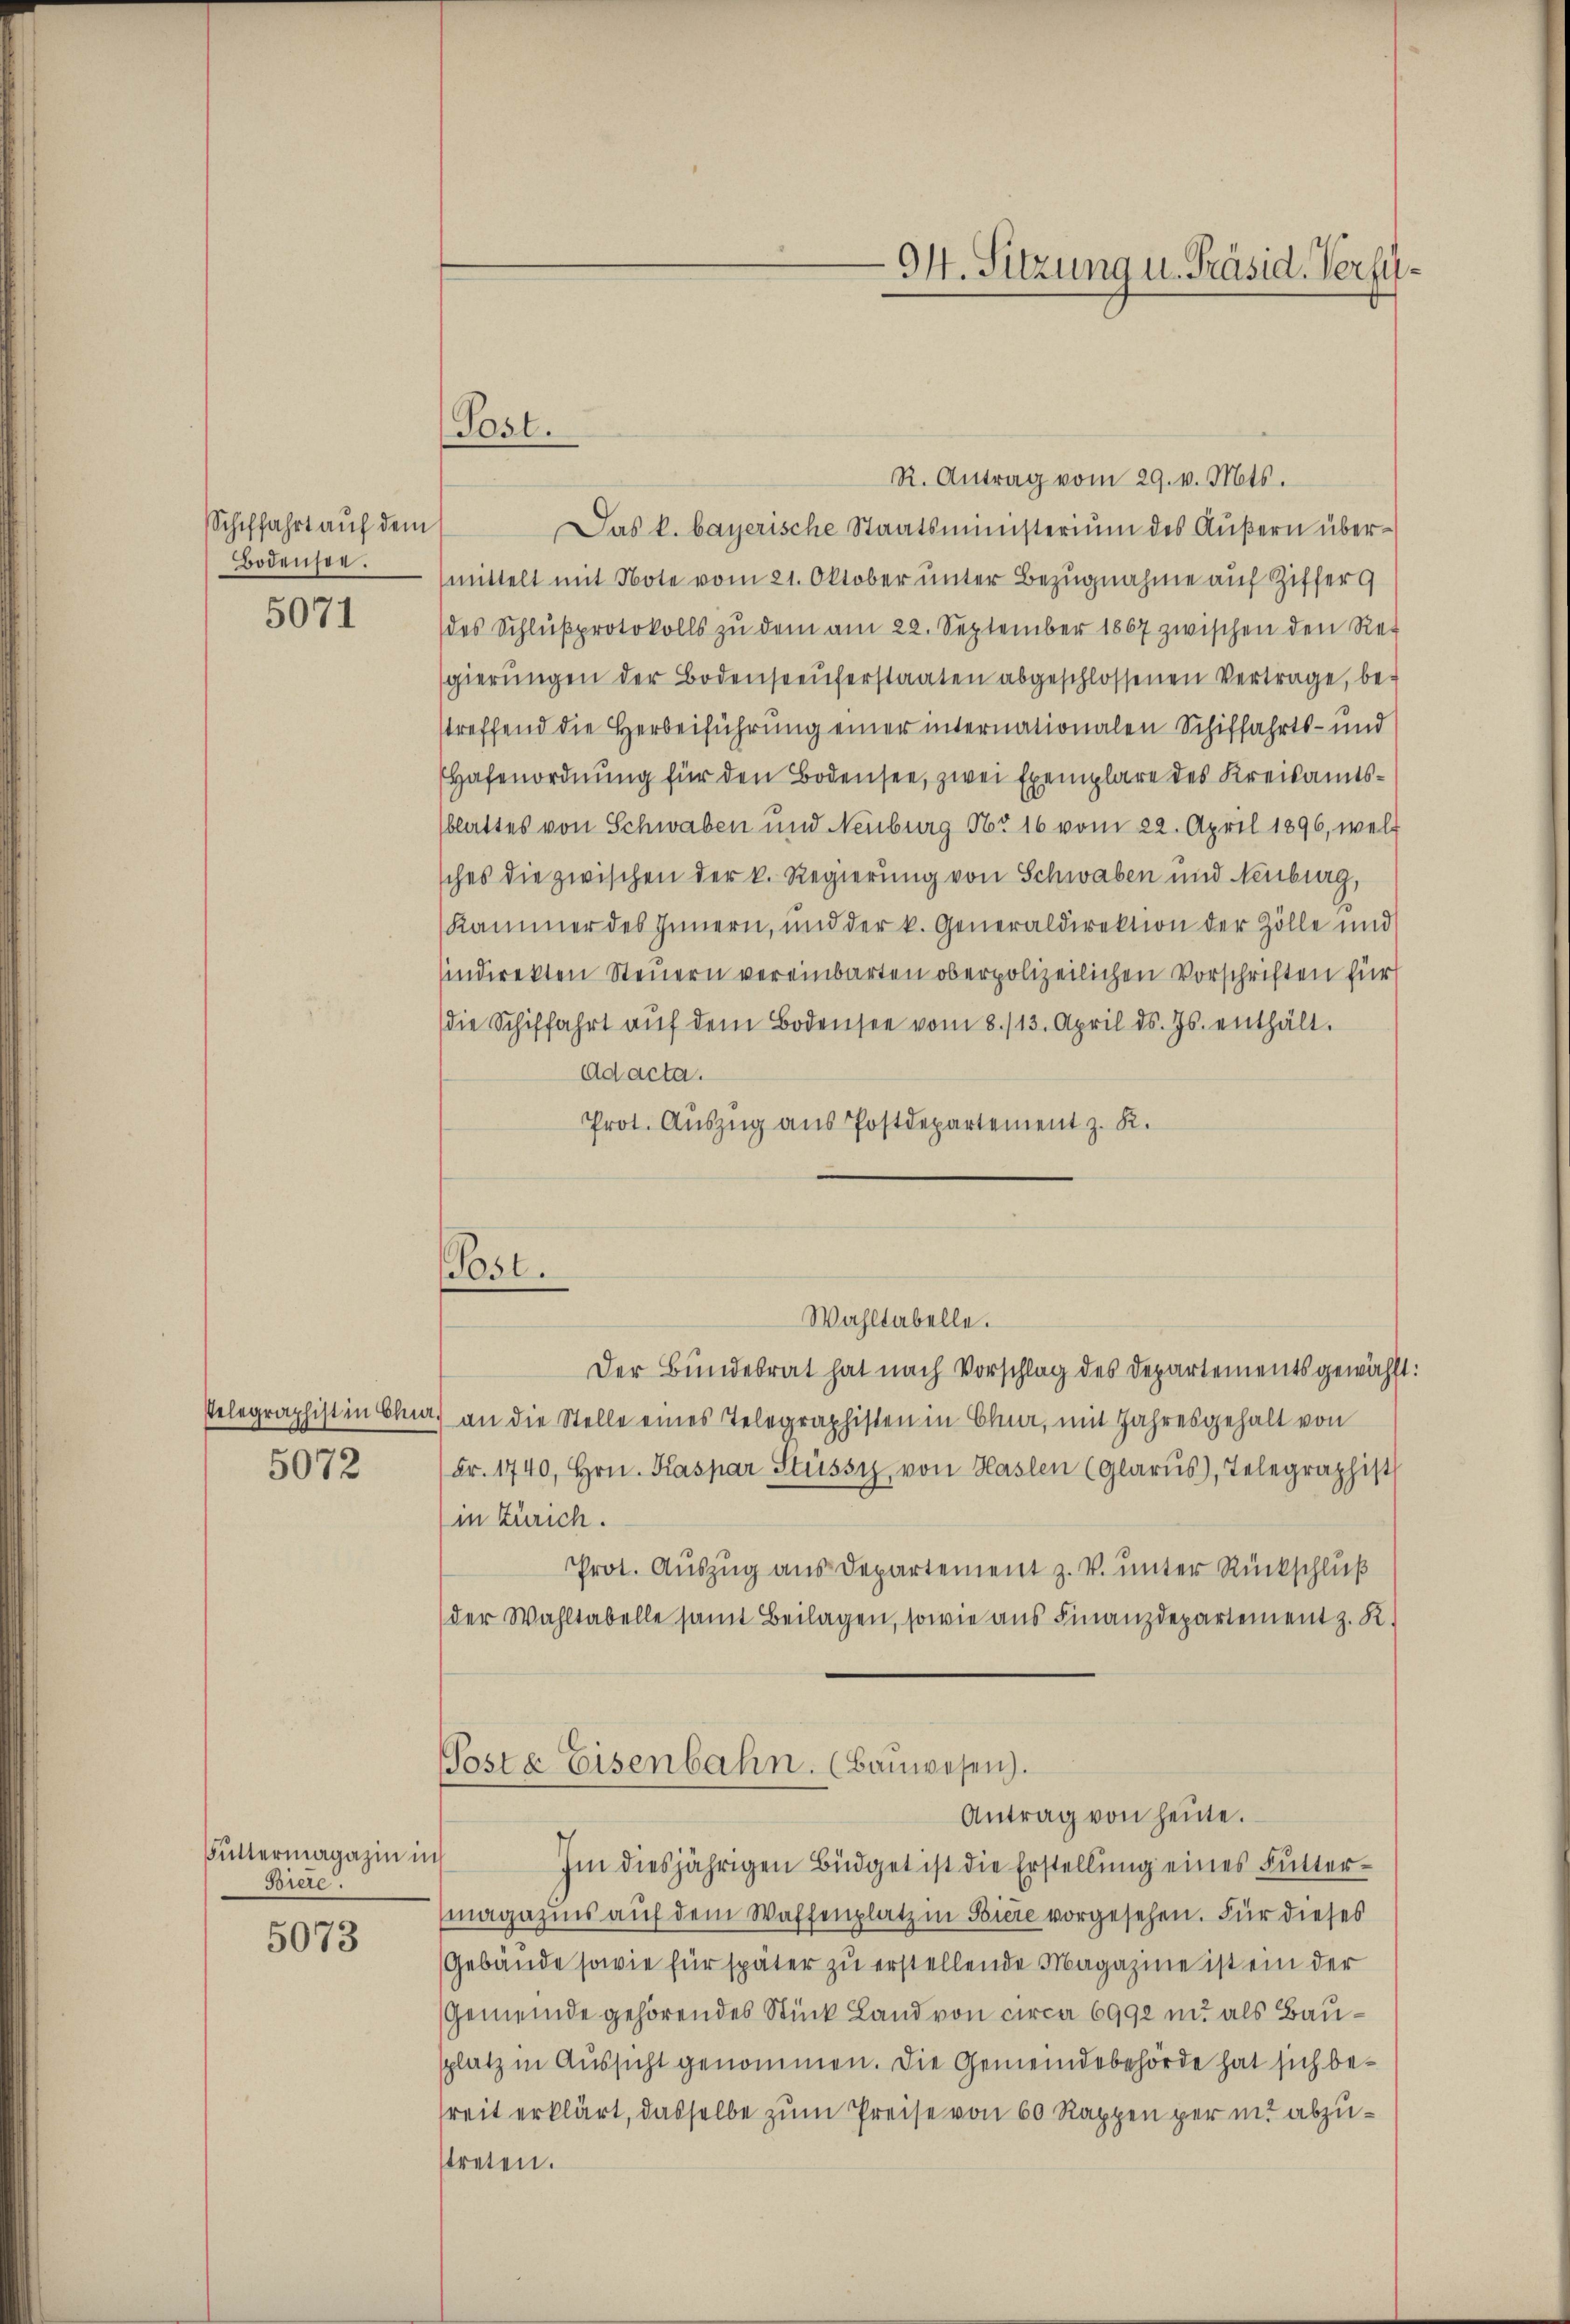
Schiffahrt auf dem
Bodensee.

5071

5072

Buttermagazin in
Biere.

5073

(Post.

(Post.

94. Sitzung u. Präsid. Verfü¬

R. Antrag vom 29. v. Mts.
Das k. bayerische Staatsministerium des Äußern übermittelt mit Note vom 21. Oktober unter Bezugnahme auf Ziffer
des Schlŭβprotokolls zŭ dem am 22. September 1867 zwischen den Ret
sgierŭngen der Bodenseeŭferstaaten abgeschlossenen Vertrage, be-
streffend die Herbeiführung einer internationalen Schiffahrts- und
Hafenordnung für den Bodensee, zwei Exemplare des Kreisamtsblattes von Schwaben und Neuburg Nr 16 vom 22. April 1896, wel
sches die zwischen der k. Regierung von Schwaben und Neuburg,
Kammer des Innern, ŭnd der k. Generaldirektion der Zölle und
indirekten Steuern vereinbarten oberpolizeilichen Vorschriften für
die Schiffahrt aŭf dem Bodensee vom 8./13. April d. Js. enthält.
Ad acta.
Prot. Auszug aus Postdepartement z. K.
Wahltabelle.
Der Bundesrat hat nach Vorschlag des Departementsgewählt:
Pelegraphistin Chur) an die Stelle eines Telegraphisten in Chur, mit Jahresgehalt von
Fr. 1740, Hrn. Kaspar Stüssig, von Haslen (Glarus), Telegraphist
(in Zürich.
Prot. Auszug aus Departement z. V. unter Rückschluß
der Wahltabelle samt Beilagen, sowie aus Finanzdepartement z. R.
Poste Eisenbahn. (Baŭwesen.
Antrag von heute.
Im diesjährigen Büdget ist die Erstellŭng eines Futtermagazins auf dem Waffenplatz in Biere vorgesehen. Für dieses
Gebäude sowie für später zŭ erstellende Magazine ist ein der
Gemeinde gehörendes Stück Land von circa 6992 in als Bausplatz in Aussicht genommen. Die Gemeindebehörde hat sich bereit erklärt, dasselbe zum Preise von 60 Rappen per in abzustreten.